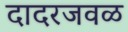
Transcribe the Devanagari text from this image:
दादरजवळ